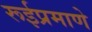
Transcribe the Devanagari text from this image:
रूईप्रमाणे